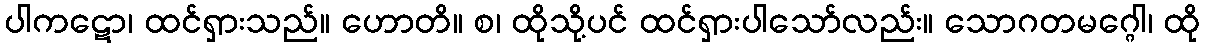
ပါကဋော၊ ထင်ရှားသည်။ ဟောတိ။ စ၊ ထိုသို့ပင် ထင်ရှားပါသော်လည်း။ သောဂတမဂ္ဂေါ၊ ထို